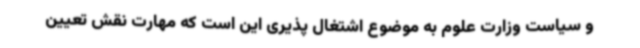
و سیاست وزارت علوم به موضوع اشتغال پذیری این است که مهارت نقش تعیین